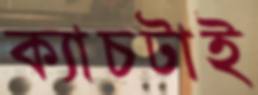
ক্যাচটাই